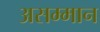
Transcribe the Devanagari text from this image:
असम्मान